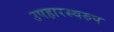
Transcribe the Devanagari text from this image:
उपहारस्वरुप